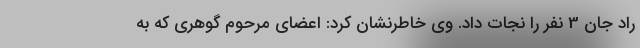
راد جان 3 نفر را نجات داد. وی خاطرنشان کرد: اعضای مرحوم گوهری که به